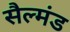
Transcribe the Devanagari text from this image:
सैल्मंड